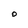
Character: O